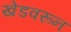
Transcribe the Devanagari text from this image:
खेडवरून